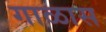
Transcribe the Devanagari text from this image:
गाळास